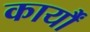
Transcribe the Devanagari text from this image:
कार्यौं